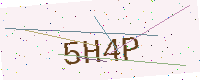
Text: 5H4P